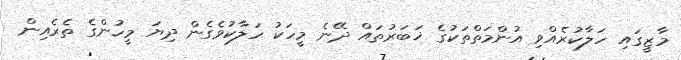
މާޒީގައި ހަލާކުރެއްވި އުންމަތްތަކުގެ ޚަބަރުތައް ދޭނެ މީހަކު ހަލާކުވެގެން ދިޔަ މީހުންގެ ތެރެއިން